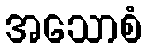
အသောစံ